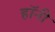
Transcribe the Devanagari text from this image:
हॉनी